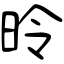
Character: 昤